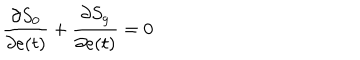
LaTeX: \frac { \partial S _ { 0 } } { \partial e ( t ) } + \frac { \partial S _ { g } } { \partial e ( t ) } = 0